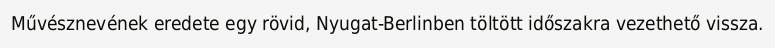
Művésznevének eredete egy rövid, Nyugat-Berlinben töltött időszakra vezethető vissza.